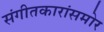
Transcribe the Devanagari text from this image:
संगीतकारांसमोर